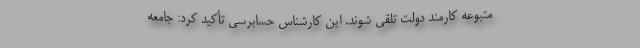
متبوعه كارمند دولت تلقی شوند. این کارشناس حسابرسی تأکید کرد: جامعه